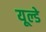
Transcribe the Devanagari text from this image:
यूल्डे